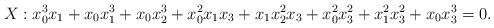
LaTeX: \begin{align*}X: x_{0}^{3} x_{1} + x_{0} x_{1}^{3} + x_{0} x_{2}^{3} + x_{0}^{2} x_{1} x_{3} + x_{1} x_{2}^{2} x_{3} + x_{0}^{2} x_{3}^{2} + x_{1}^{2} x_{3}^{2} + x_{0} x_{3}^{3} = 0.\end{align*}